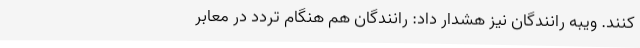
کنند. ویبه رانندگان نیز هشدار داد: رانندگان هم هنگام تردد در معابر